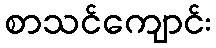
စာသင်ကျောင်း